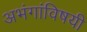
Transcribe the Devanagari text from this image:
अभंगांविषयी